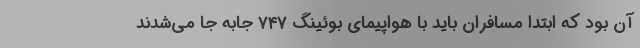
آن بود که ابتدا مسافران باید با هواپیمای بوئینگ ۷۴۷ جابه جا می‌شدند